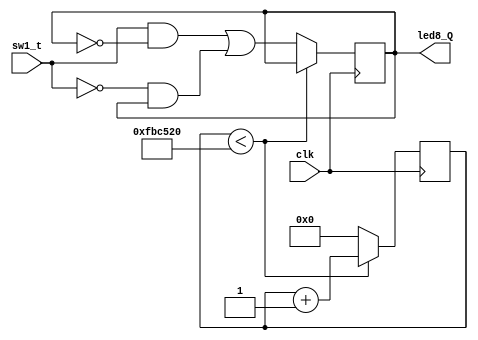
`timescale 1ns / 1ps
//////////////////////////////////////////////////////////////////////////////////
// Company: 
// Engineer: 
// 
// Design Name: 
// Module Name:    edge_t_flipflop 
// Project Name: 
// Target Devices: 
// Tool versions: 
// Description: 
//
// Dependencies: 
//
// Revision: 
// Revision 0.01 - File Created
// Additional Comments: 
//
//////////////////////////////////////////////////////////////////////////////////
module edge_t_flipflop(
    input  sw1_t,
	 input  clk,
	 //input  sw3_reset,
	 output reg led8_Q
    );
	 reg [24:0] count;
	 parameter COUNTER_SUM = 25'd16500000;   //33MHz
    always @(posedge clk)begin
	   /*if(sw3_reset) begin
		      count <= 25'd0;
				led8_Q <= 1'b0;
		end 
		else */if(count<COUNTER_SUM)begin
			   count <= count + 25'd1;
		end 
		else begin
		      led8_Q <= sw1_t&!led8_Q | !sw1_t&led8_Q;
		      count <= 25'd0;
		end
	  end
    
endmodule